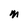
Character: M